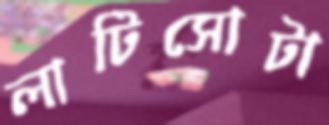
লাটিসোটা